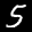
Label: 5